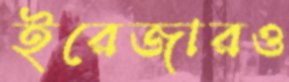
ইরেজারও